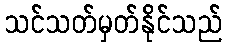
သင်သတ်မှတ်နိုင်သည်